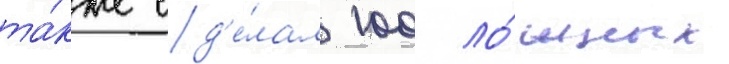
та́кже сд'е́лал 100 ло́жных